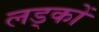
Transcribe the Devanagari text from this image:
लड्कों